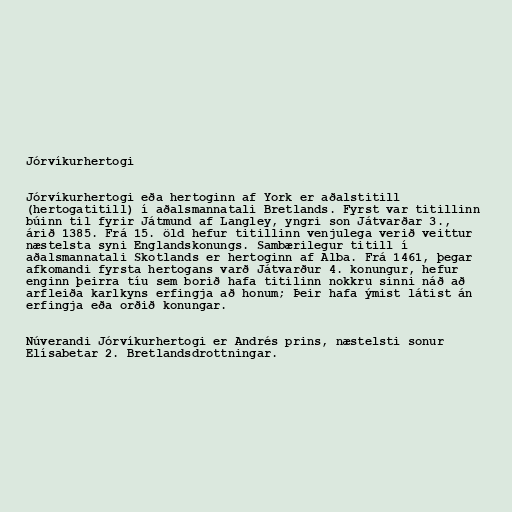
Jórvíkurhertogi

Jórvíkurhertogi eða hertoginn af York er aðalstitill
(hertogatitill) í aðalsmannatali Bretlands. Fyrst var titillinn
búinn til fyrir Játmund af Langley, yngri son Játvarðar 3.,
árið 1385. Frá 15. öld hefur titillinn venjulega verið veittur
næstelsta syni Englandskonungs. Sambærilegur titill í
aðalsmannatali Skotlands er hertoginn af Alba. Frá 1461, þegar
afkomandi fyrsta hertogans varð Játvarður 4. konungur, hefur
enginn þeirra tíu sem borið hafa titilinn nokkru sinni náð að
arfleiða karlkyns erfingja að honum; Þeir hafa ýmist látist án
erfingja eða orðið konungar.

Núverandi Jórvíkurhertogi er Andrés prins, næstelsti sonur
Elísabetar 2. Bretlandsdrottningar.